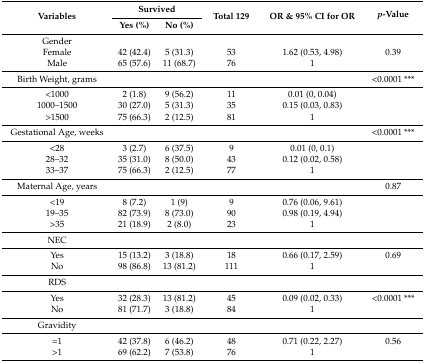
| <ROWSPAN=2> Variables | <COLSPAN=2> Survived | <ROWSPAN=2> Total 129 | <ROWSPAN=2> OR & 95% CI for OR | <ROWSPAN=2> p-Value |
 | Yes (%) | No (%) |
 | --- | --- | --- | --- | --- | --- |
 | Gender |  |  |  |  |  |
 | Female | 42 (42.4) | 5 (31.3) | 53 | 1.62 (0.53, 4.98) | 0.39 |
 | Male | 65 (57.6) | 11 (68.7) | 76 | 1 |  |
 | Birth Weight, grams |  |  |  |  | <0.0001 *** |
 | <1000 | 2 (1.8) | 9 (56.2) | 11 | 0.01 (0, 0.04) |  |
 | 1000–1500 | 30 (27.0) | 5 (31.3) | 35 | 0.15 (0.03, 0.83) |  |
 | >1500 | 75 (66.3) | 2 (12.5) | 81 | 1 |  |
 | Gestational Age, weeks |  |  |  |  | <0.0001 *** |
 | <28 | 3 (2.7) | 6 (37.5) | 9 | 0.01 (0, 0.1) |  |
 | 28–32 | 35 (31.0) | 8 (50.0) | 43 | 0.12 (0.02, 0.58) |  |
 | 33–37 | 75 (66.3) | 2 (12.5) | 77 | 1 |  |
 | Maternal Age, years |  |  |  |  | 0.87 |
 | <19 | 8 (7.2) | 1 (9) | 9 | 0.76 (0.06, 9.61) |  |
 | 19–35 | 82 (73.9) | 8 (73.0) | 90 | 0.98 (0.19, 4.94) |  |
 | >35 | 21 (18.9) | 2 (8.0) | 23 | 1 |  |
 | NEC |  |  |  |  |  |
 | Yes | 15 (13.2) | 3 (18.8) | 18 | 0.66 (0.17, 2.59) | 0.69 |
 | No | 98 (86.8) | 13 (81.2) | 111 | 1 |  |
 | RDS |  |  |  |  |  |
 | Yes | 32 (28.3) | 13 (81.2) | 45 | 0.09 (0.02, 0.33) | <0.0001 *** |
 | No | 81 (71.7) | 3 (18.8) | 84 | 1 |  |
 | Gravidity |  |  |  |  |  |
 | =1 | 42 (37.8) | 6 (46.2) | 48 | 0.71 (0.22, 2.27) | 0.56 |
 | >1 | 69 (62.2) | 7 (53.8) | 76 | 1 |  |